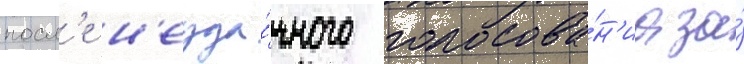
посл'е н'еуда́чного голосова́н'иа за́